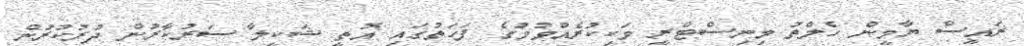
ރައީސް ޔާމީން ހެލްތު މިނިސްޓްރީ ވަކިކުރެއްވުމުގެ ފަހަތުގައި އޮތީ ޝަކީލާ ސަރުކާރުން ދުރުކުރުން